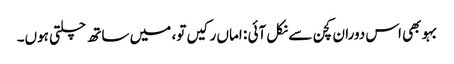
بہو بھی اس دوران کچن سے نکل آئی : اماں رکیں تو، میں ساتھ چلتی ہوں۔